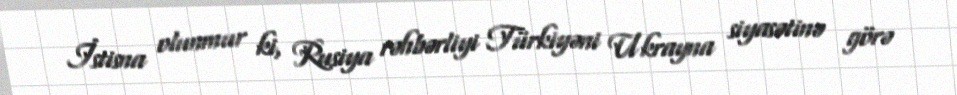
İstisna olunmur ki, Rusiya rəhbərliyi Türkiyəni Ukrayna siyasətinə görə